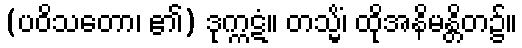
(ပဝိသတော၊ ၏) ဒုက္ကဋံ။ တသ္မိံ၊ ထိုအနိမန္တိတ၌။